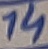
Text: 14